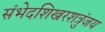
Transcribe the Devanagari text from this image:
संभेदशिखरशत्रुंजय